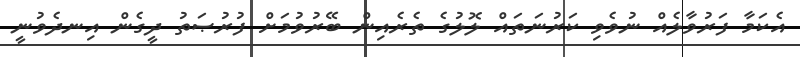
އެކަމާ ފަރުވާލެއް ނުވެވި ކަރުނަތައް ލޮލުގެ ތެރެއިން ބޭރުވުމަށް ފުރުޞަތު ދީގެން އިނދެވުނީ